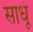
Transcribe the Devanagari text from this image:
साधूं